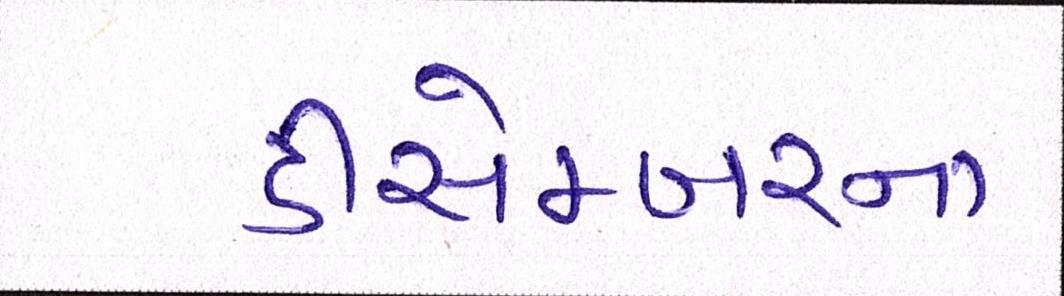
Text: ડીસેમ્બરના